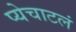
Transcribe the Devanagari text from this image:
प्येचाटलं